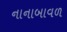
નાનાબાવળ